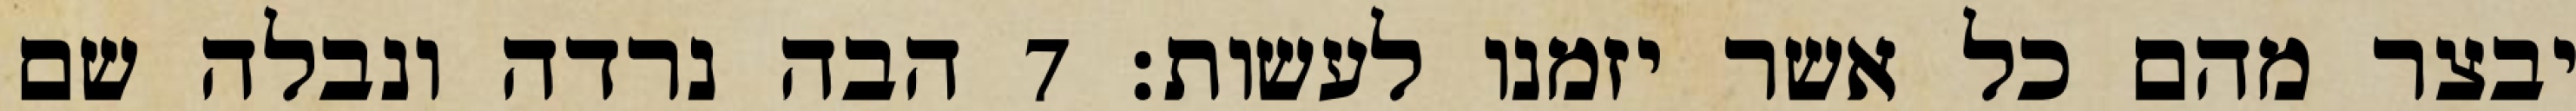
יבצר מהם כל אשר יזמנו לעשות׃ ‎7‏ הבה נרדה ונבלה שם